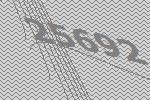
25692